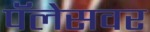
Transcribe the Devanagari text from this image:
पॅलेसवर